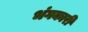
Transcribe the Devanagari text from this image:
भंगकारी